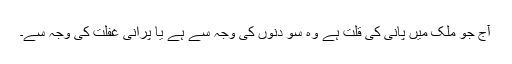
آج جو ملک میں پانی کی قلت ہے وہ سو دنوں کی وجہ سے ہے یا پرانی غفلت کی وجہ سے۔